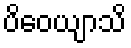
ပိဝေယျာသိ